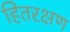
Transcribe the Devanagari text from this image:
हितरक्षण